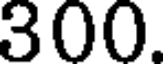
300.